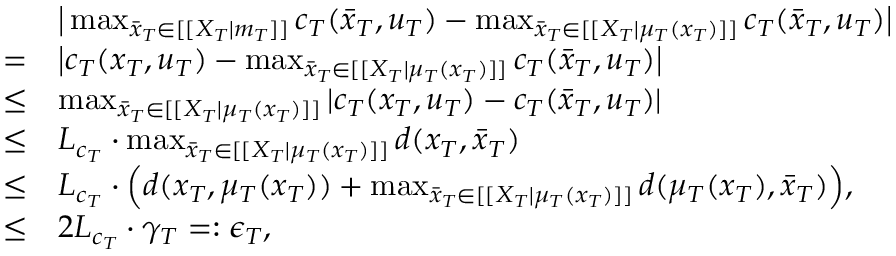
\begin{array} { r l } & { \big | \operatorname* { m a x } _ { \bar { x } _ { T } \in [ [ X _ { T } | m _ { T } ] ] } c _ { T } ( \bar { x } _ { T } , u _ { T } ) - \operatorname* { m a x } _ { \bar { x } _ { T } \in [ [ X _ { T } | \mu _ { T } ( x _ { T } ) ] ] } c _ { T } ( \bar { x } _ { T } , u _ { T } ) \big | } \\ { = } & { \big | c _ { T } ( x _ { T } , u _ { T } ) - \operatorname* { m a x } _ { \bar { x } _ { T } \in [ [ X _ { T } | \mu _ { T } ( x _ { T } ) ] ] } c _ { T } ( \bar { x } _ { T } , u _ { T } ) \big | } \\ { \leq } & { \operatorname* { m a x } _ { \bar { x } _ { T } \in [ [ X _ { T } | \mu _ { T } ( x _ { T } ) ] ] } | c _ { T } ( x _ { T } , u _ { T } ) - c _ { T } ( \bar { x } _ { T } , u _ { T } ) | } \\ { \leq } & { L _ { c _ { T } } \cdot \operatorname* { m a x } _ { \bar { x } _ { T } \in [ [ X _ { T } | \mu _ { T } ( x _ { T } ) ] ] } d ( x _ { T } , \bar { x } _ { T } ) } \\ { \leq } & { L _ { c _ { T } } \cdot \Big ( d ( x _ { T } , \mu _ { T } ( x _ { T } ) ) + \operatorname* { m a x } _ { \bar { x } _ { T } \in [ [ X _ { T } | \mu _ { T } ( x _ { T } ) ] ] } d ( \mu _ { T } ( x _ { T } ) , \bar { x } _ { T } ) \Big ) , } \\ { \leq } & { 2 L _ { c _ { T } } \cdot \gamma _ { T } = : \epsilon _ { T } , } \end{array}